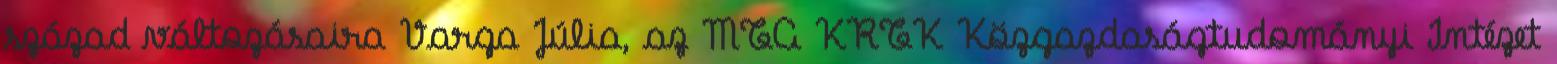
század változásaira Varga Júlia, az MTA KRTK Közgazdaságtudományi Intézet